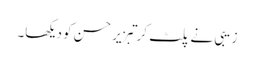
زیبی نے پلٹ کر تبزیر حسن کو دیکھا۔